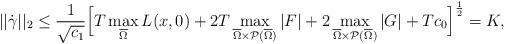
LaTeX: \begin{align*}||\dot\gamma||_2 \leq \frac{1}{\sqrt{c_1}}\Big[T\max_{\overline{\Omega}}L(x,0)+2T\max_{\overline{\Omega}\times \mathcal{P}(\overline{\Omega})}|F|+2\max_{\overline{\Omega}\times \mathcal{P}(\overline{\Omega})}|G|+Tc_0\Big]^{\frac{1}{2}}=K,\end{align*}